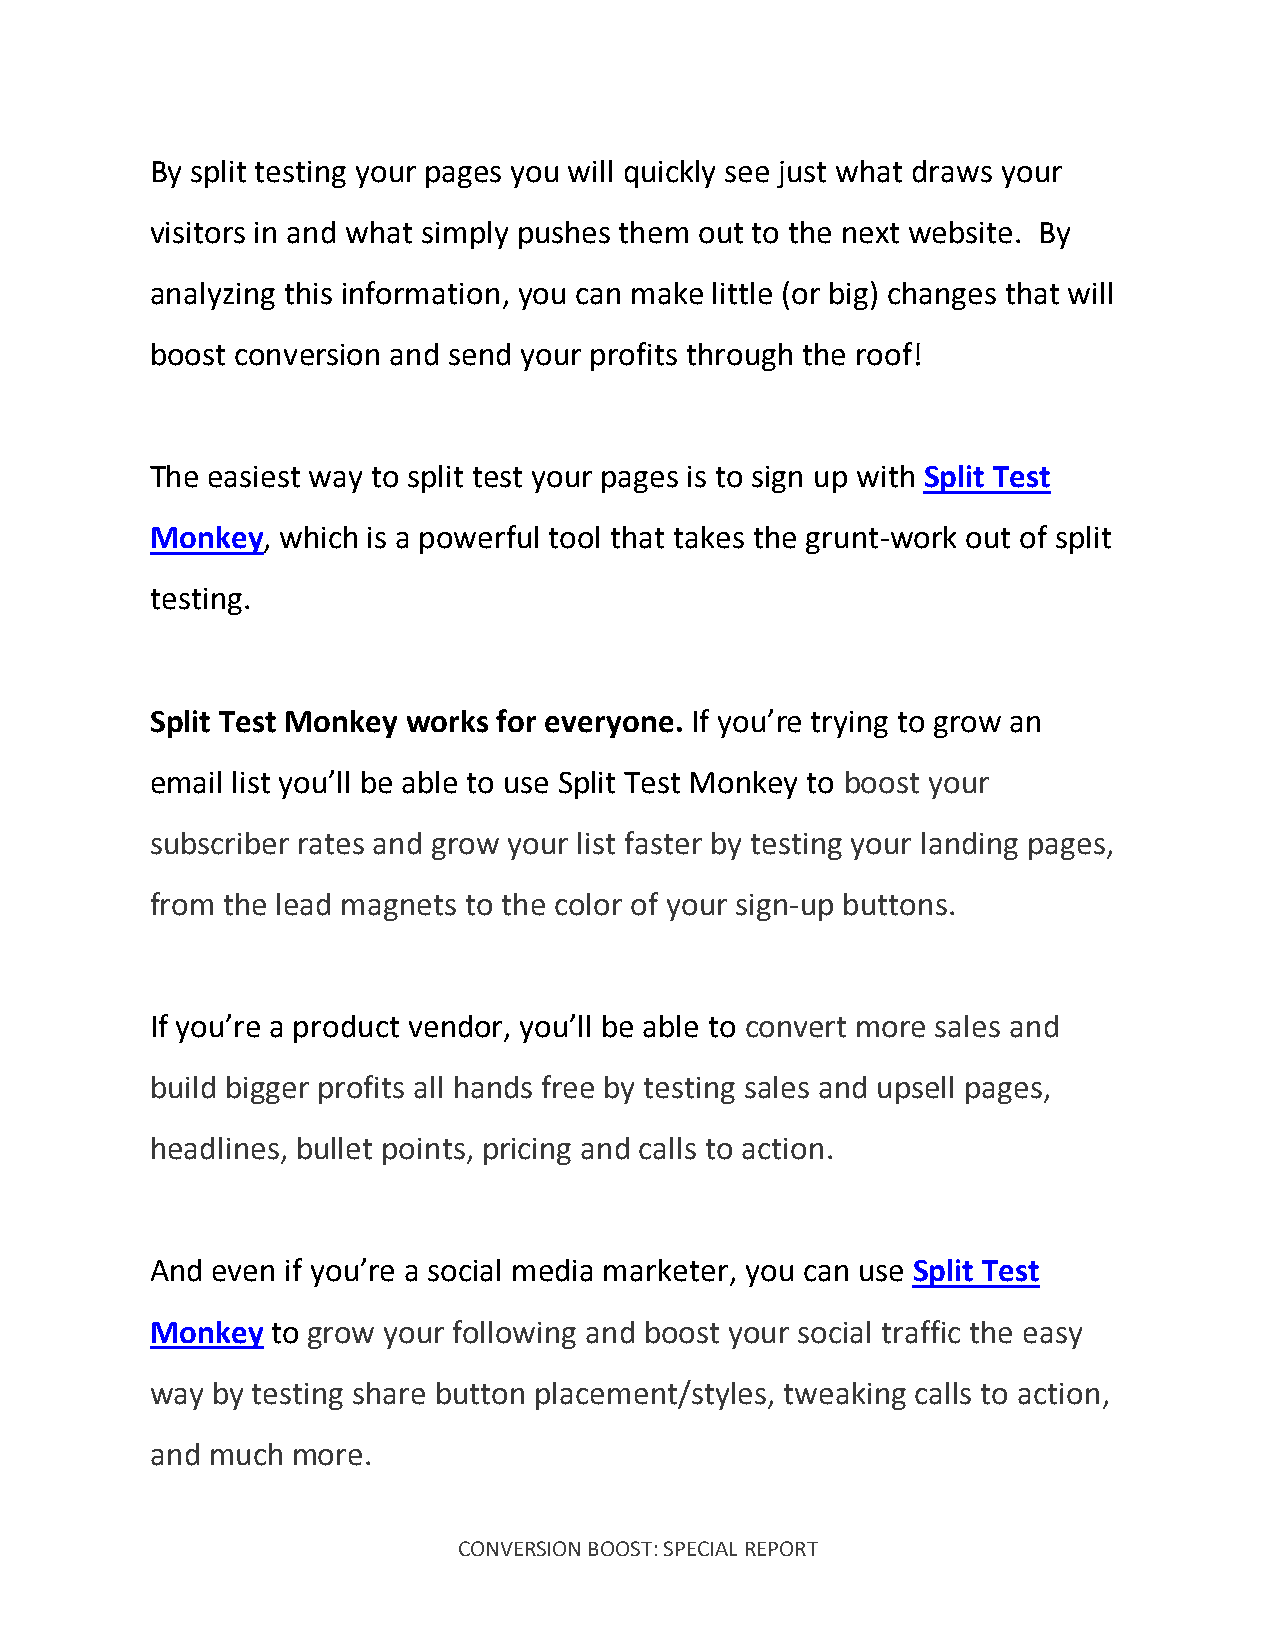
By split testing your pages you will quickly see just what draws your
 visitors in and what simply pushes them out to the next website. By
 analyzing this information, you can make little (or big) changes that will
 boost conversion and send your profits through the roof!
 The easiest way to split test your pages is to sign up with Split Test
 Monkey, which is a powerful tool that takes the grunt-work out of split
 testing.
 Split Test Monkey works for everyone. If you’re trying to grow an
 email list you’ll be able to use Split Test Monkey to boost your
 subscriber rates and grow your list faster by testing your landing pages,
 from the lead magnets to the color of your sign-up buttons.
 If you’re a product vendor, you’ll be able to convert more sales and
 build bigger profits all hands free by testing sales and upsell pages,
 headlines, bullet points, pricing and calls to action.
 And even if you’re a social media marketer, you can use Split Test
 Monkey  to grow your following and boost your social traffic the easy
 way by testing share button placement/styles, tweaking calls to action,
 and much more.
 CONVERSION BOOST: SPECIAL REPORT